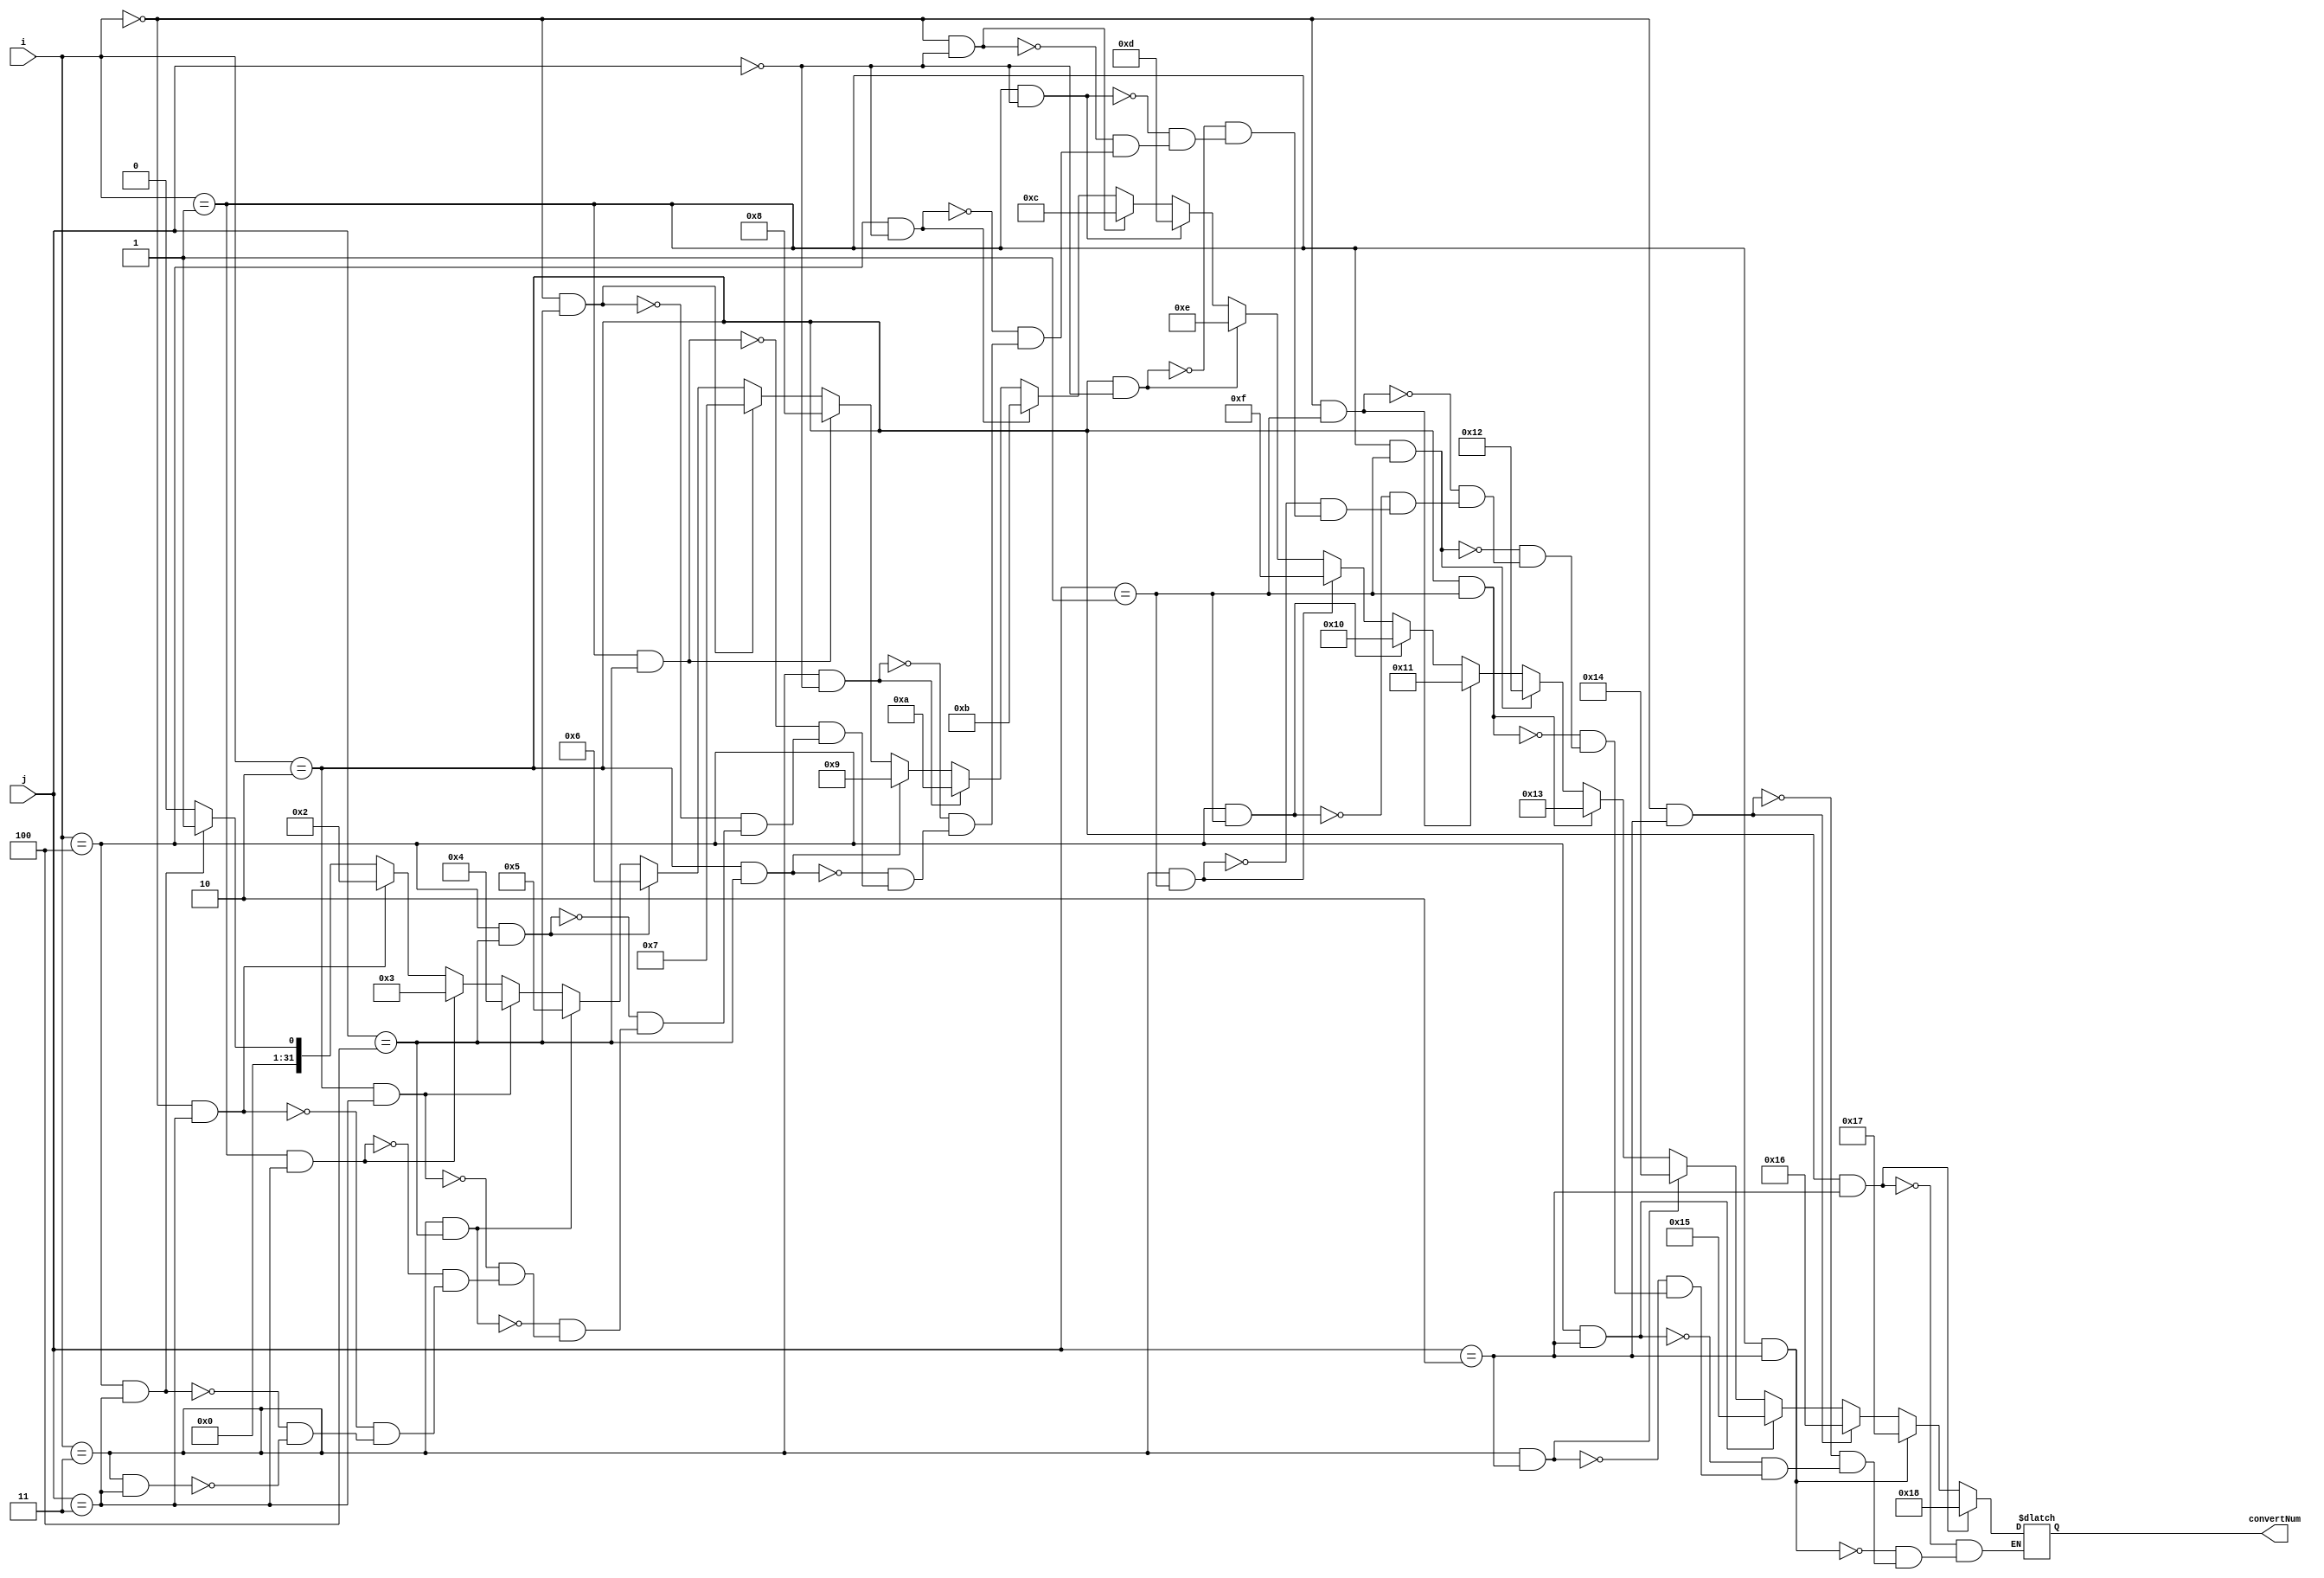
module mapIAndJToNumber(input [31:0] i, input [31:0] j, output integer convertNum);
	always @ (i, j) begin
		if(i == 3 && j == 3) begin
            convertNum = 0;
		end
		if(i == 4 && j == 3) begin
            convertNum = 1;
		end
		if(i == 0 && j == 3) begin
            convertNum = 2;
		end
		if(i == 1 && j == 3) begin
            convertNum = 3;
		end
		if(i == 2 && j == 3) begin
            convertNum = 4;
		end
		if(i == 3 && j == 4) begin
            convertNum = 5;
		end
		if(i == 4 && j == 4) begin
            convertNum = 6;
		end
		if(i == 0 && j == 4) begin
            convertNum = 7;
		end
		if(i == 1 && j == 4) begin
            convertNum = 8;
		end
		if(i == 2 && j == 4) begin
            convertNum = 9;
		end
		if(i == 3 && j == 0) begin
            convertNum = 10;
		end
		if(i == 4 && j == 0) begin
            convertNum = 11;
		end
		if(i == 0 && j == 0) begin
            convertNum = 12;
		end
		if(i == 1 && j == 0) begin
            convertNum = 13;
		end
		if(i == 2 && j == 0) begin
            convertNum = 14;
		end
		if(i == 3 && j == 1) begin
            convertNum = 15;
		end
		if(i == 4 && j == 1) begin
            convertNum = 16;
		end
		if(i == 0 && j == 1) begin
            convertNum = 17;
		end
		if(i == 1 && j == 1) begin
            convertNum = 18;
		end
		if(i == 2 && j == 1) begin
            convertNum = 19;
		end
		if(i == 3 && j == 2) begin
            convertNum = 20;
		end
		if(i == 4 && j == 2) begin
            convertNum = 21;
		end
		if(i == 0 && j == 2) begin
            convertNum = 22;
		end
		if(i == 1 && j == 2) begin
            convertNum = 23;
		end
		if(i == 2 && j == 2) begin
            convertNum = 24;
		end
	end
endmodule